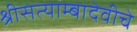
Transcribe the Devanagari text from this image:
श्रीसत्याम्बादेवीचे